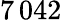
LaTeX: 7\, 042